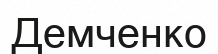
Демченко